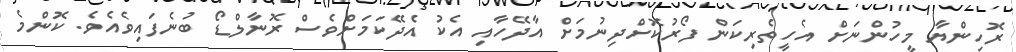
ރޮހިންޔާ މީހުންނަށް އެހީތެރިކަން ފޯރުކޮށްދިނުމަށް އާދޭހާއި އެކު އެދޭކަމަށްވެސް ރޮނާލްޑޯ ބުނެފައިވެއެވެ. ކޮންމެ